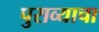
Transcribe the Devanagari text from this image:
पुराव्याचा